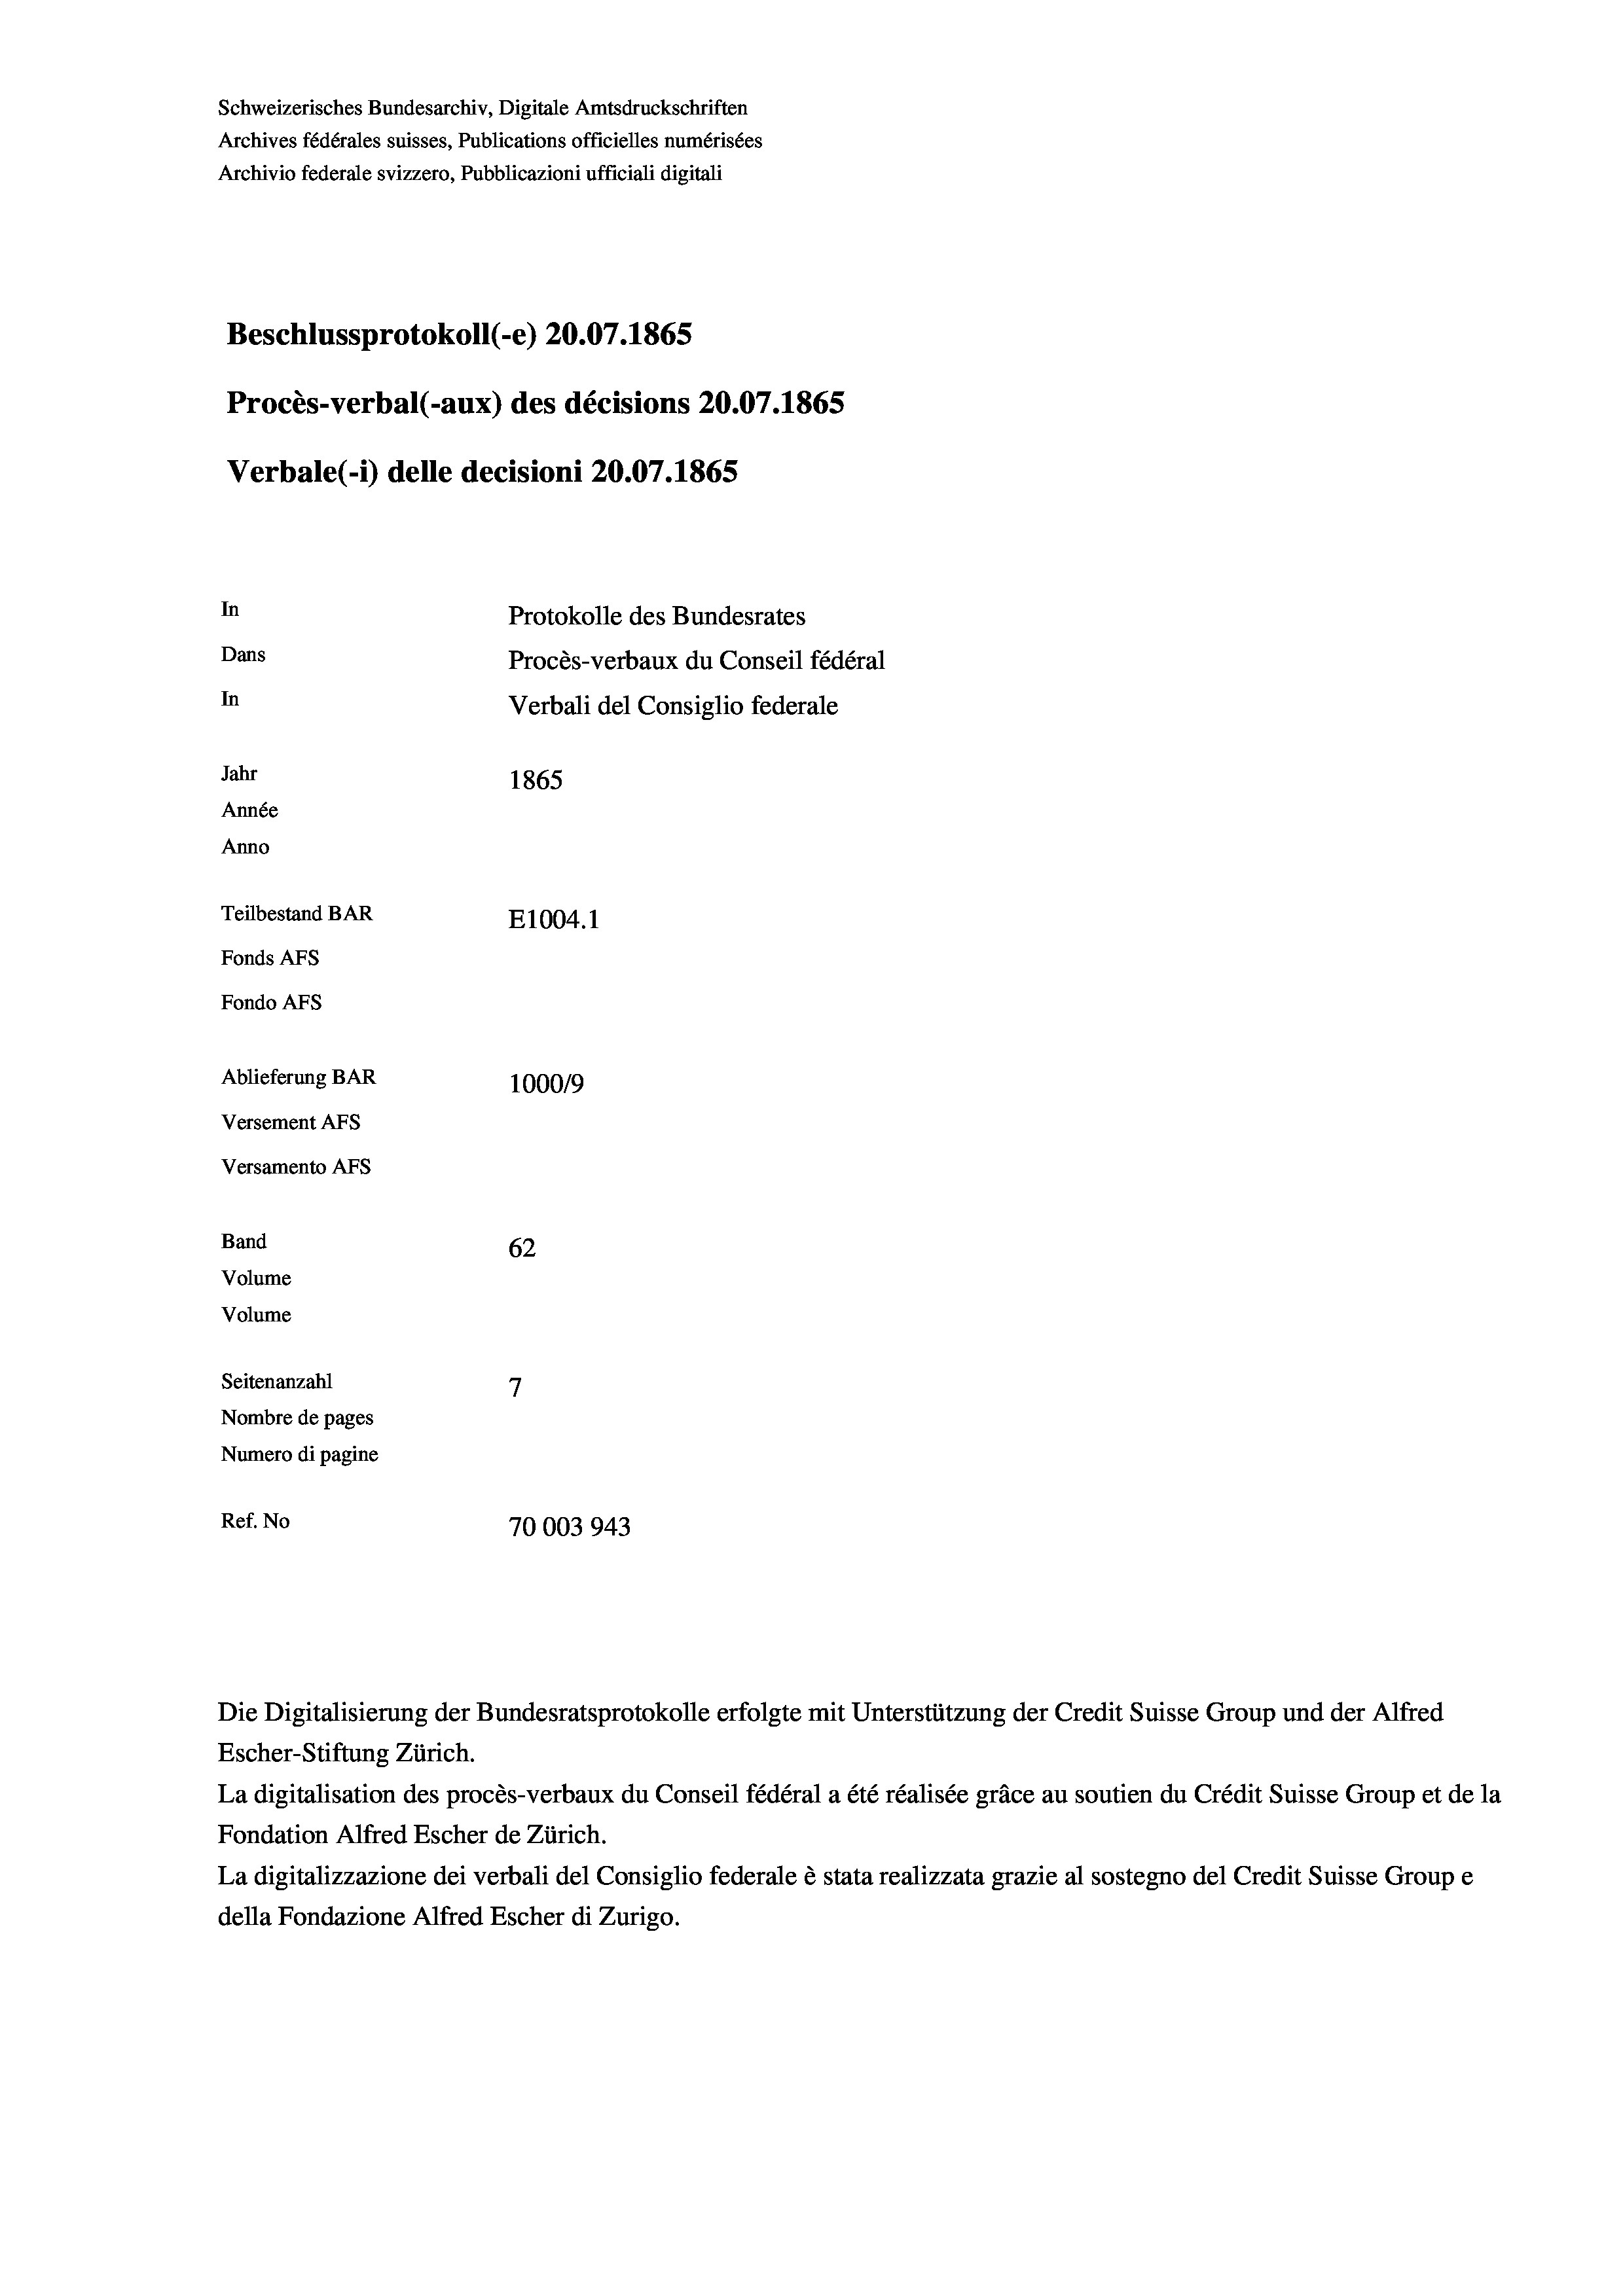
Schweizerisches Bundesarchiv, Digitale Amtsdruckschriften
Archives fédérales suisses, Publications officielles numérisées
Archivio federale svizzero, Pubblicazioni ufficiali digitali
Beschlussprotokoll (-e) 20.07. 1865
Procès-verbal (-aux) des décisions 20.07. 1865
Verbale (- 1) delle decisioni 20.07. 1865
In
Protokolle des Bundesrates
Dans
Procès-verbaux du Conseil fédéral
In
Verbali del Consiglio federale
Jahr
1865
Année
Anno
Teilbestand BAR
E1004.1
Fonds AFs
Fondo AFS
Ablieferung BAR
1000/9
Versement Abs
Versamento Afs
Band
62
Volume
Volume
7
Seitenanzahl
Nombre de pages
Numero di pagine
Ref. No
70003943

La digitalisation des procès-verbaux du Conseil fédéral a été réalisée gräce au soutien du Crédit Suisse Group et de la
Fondation Alfred Escher de Zürich.
La digitalizzazione dei verbali del Consiglio federale è stata realizzata grazie al sostegno del Credit Suisse Groupe
della Fondazione Alfred Escher di Zurigo.

Die Digitalisierung der Bundesratsprotokolle erfolgte mit Unterstützung der Credit Suisse Group und der Alfred
Escher-Stiftung Zürich.